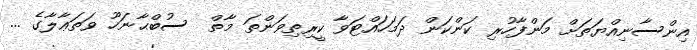
އިންސާނިއްޔަތަށް މަންފާހުރި ކަންކަން ދަމަހައްޓަވާ ކީރިތިވަންތަ މާތް  ސުބްޙާނަހޫ ވަތަޢާލާގެ ...